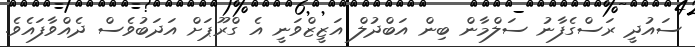
ސައުދީ ރަސްގެފާނު ސަލްމާން ބިން އަބްދުލް އަޒީޒްވަނީ އެ ގްރޫޕަށް އަދަބުވެސް ދެއްވާފައެވެ.